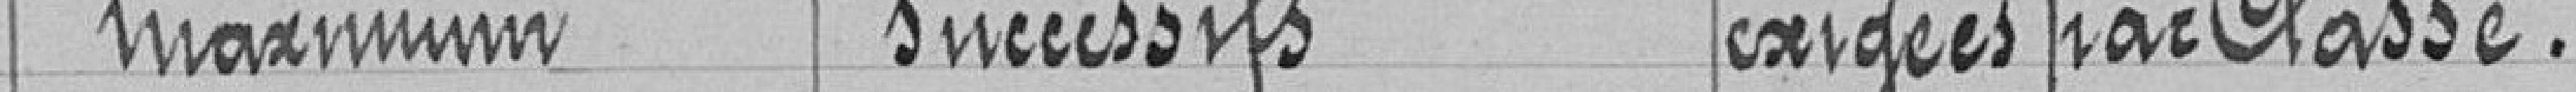
maximum successifs exigés par Classe.